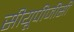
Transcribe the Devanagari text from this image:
सीयूपीजीसी